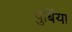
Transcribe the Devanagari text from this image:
पुर्बिया